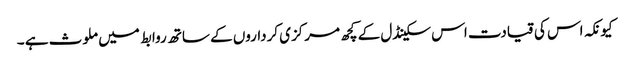
کیونکہ اس کی قیادت اس سکینڈل کے کچھ مرکزی کرداروں کے ساتھ روابط میں ملوث ہے ۔